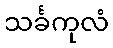
သင်္ခကုလံ